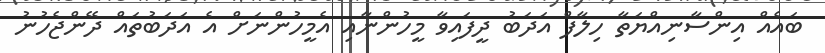
ބައެއް އިންސާނިއްޔަތާ ހިލާފް އަދަބު ދީފައިވާ މީހުންނާއި އެމީހުންނަށް އެ އަދަބުތައް ދޭންޖެހުނު